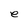
Character: e